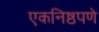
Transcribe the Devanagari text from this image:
एकनिष्ठपणे